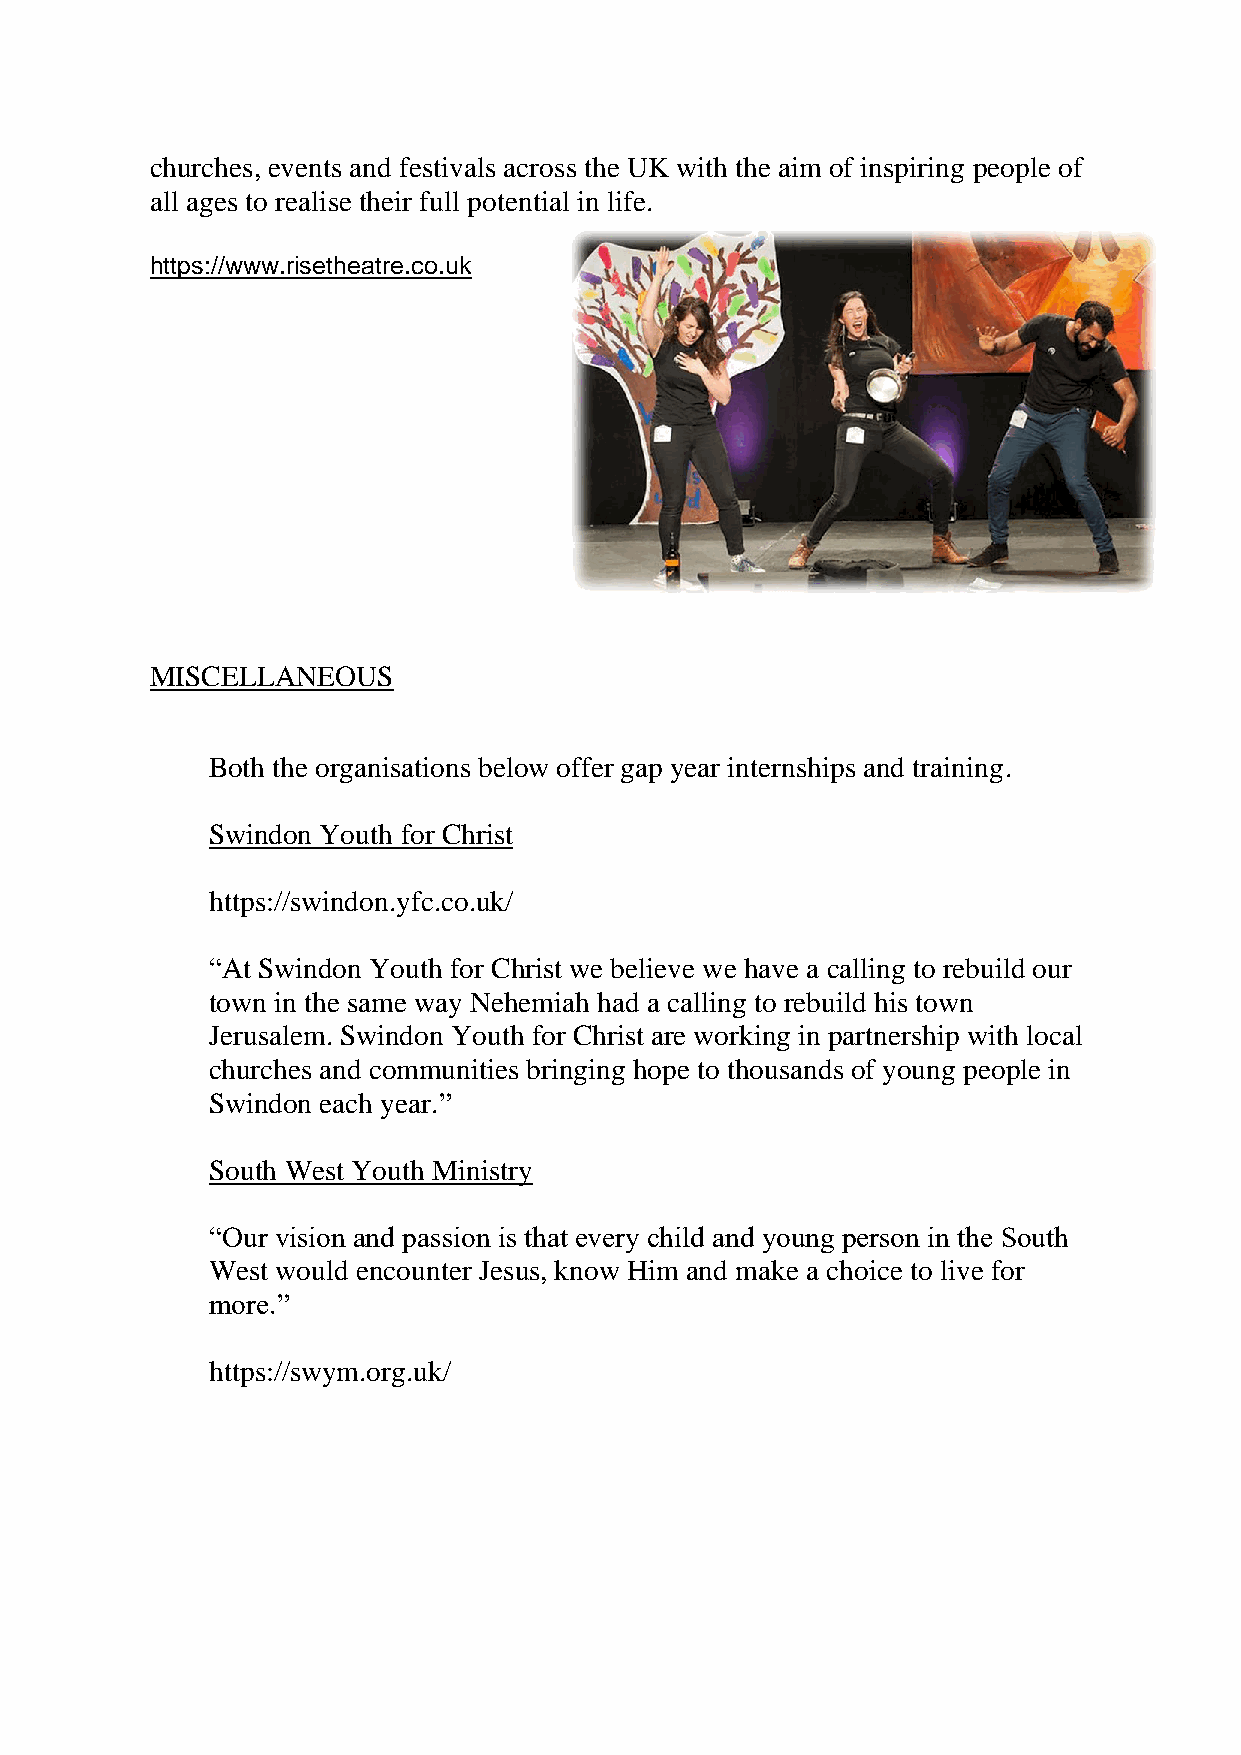
churches, events and festivals across the UK with the aim of inspiring people of
 all ages to realise their full potential in life.
 https://www.risetheatre.co.uk
 MISCELLANEOUS
 Both the organisations below offer gap year internships and training.
 Swindon Youth for Christ
 https://swindon.yfc.co.uk/
 “At Swindon Youth for Christ we believe we have a calling to rebuild our
 town in the same way Nehemiah had a calling to rebuild his town
 Jerusalem. Swindon Youth for Christ are working in partnership with local
 churches and communities bringing hope to thousands of young people in
 Swindon each year.”
 South West Youth Ministry
 “Our vision and passion is that every child and young person in the South
 West would encounter Jesus, know Him and make a choice to live for
 more.”
 https://swym.org.uk/